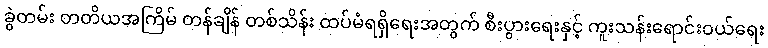
ခွဲတမ်း တတိယအကြိမ် တန်ချိန် တစ်သိန်း ထပ်မံရရှိရေးအတွက် စီးပွားရေးနှင့် ကူးသန်းရောင်းဝယ်ရေး